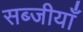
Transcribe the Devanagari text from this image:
सब्जीयाँ